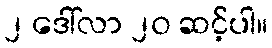
၂ ဒေါ်လာ ၂၀ ဆင့်ပါ။